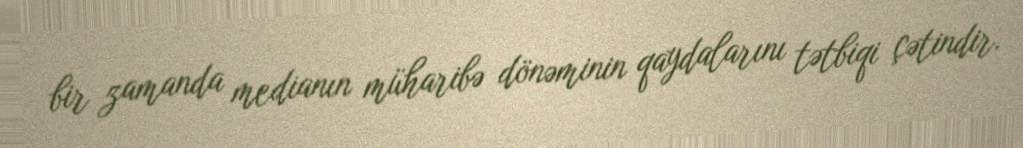
bir zamanda medianın müharibə dönəminin qaydalarını tətbiqi çətindir.